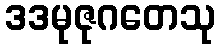
ဒဒမုဇုဂတေသု